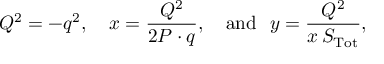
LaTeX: Q ^ { 2 } = - q ^ { 2 } , ~ ~ ~ x = \frac { Q ^ { 2 } } { 2 P \cdot q } , ~ ~ ~ \mathrm { a n d } ~ ~ y = \frac { Q ^ { 2 } } { x \, S _ { \mathrm { T o t } } } ,